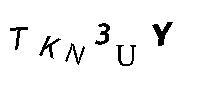
TKN3UY